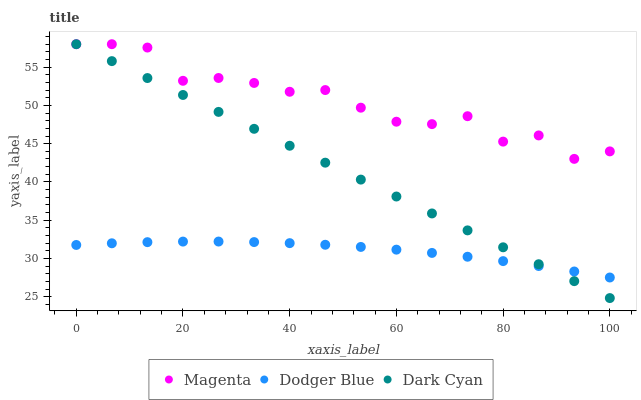
| xaxis_label | Magenta | Dodger Blue | Dark Cyan |
 | --- | --- | --- | --- |
 | 0 | 58 | 31.8 | 58 |
 | 6.67 | 58 | 32 | 55.8 |
 | 13.3 | 57.6 | 32.1 | 53.6 |
 | 20 | 53.2 | 32.2 | 51.4 |
 | 26.7 | 53.6 | 32.2 | 49.2 |
 | 33.3 | 52.9 | 32.1 | 46.9 |
 | 40 | 51.8 | 32 | 44.7 |
 | 46.7 | 52 | 31.8 | 42.5 |
 | 53.3 | 49.7 | 31.5 | 40.3 |
 | 60 | 47.9 | 31.2 | 38.1 |
 | 66.7 | 47.6 | 30.7 | 35.9 |
 | 73.3 | 48.6 | 30.2 | 33.7 |
 | 80 | 45.3 | 29.7 | 31.5 |
 | 86.7 | 46.1 | 29 | 29.3 |
 | 93.3 | 43 | 28.3 | 27 |
 | 100 | 44 | 27.5 | 24.8 |